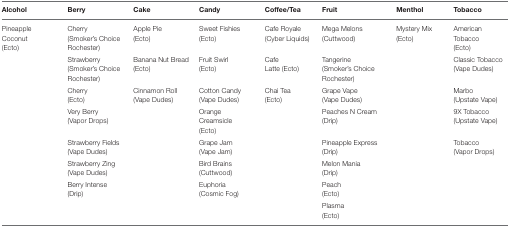
| Alcohol | Berry | Cake | Candy | Coffee/Tea | Fruit | Menthol | Tobacco |
 | --- | --- | --- | --- | --- | --- | --- | --- |
 | Pineapple Coconut (Ecto) | Cherry (Smoker's Choice Rochester) | Apple Pie (Ecto) | Sweet Fishies (Ecto) | Cafe Royale (Cyber Liquids) | Mega Melons (Cuttwood) | Mystery Mix (Ecto) | American Tobacco (Ecto) |
 |  | Strawberry (Smoker's Choice Rochester) | Banana Nut Bread (Ecto) | Fruit Swirl (Ecto) | Cafe Latte (Ecto) | Tangerine (Smoker's Choice Rochester) |  | Classic Tobacco (Vape Dudes) |
 |  | Cherry (Ecto) | Cinnamon Roll (Vape Dudes) | Cotton Candy (Vape Dudes) | Chai Tea (Ecto) | Grape Vape (Vape Dudes) |  | Marbo (Upstate Vape) |
 |  | Very Berry (Vapor Drops) |  | Orange Creamsicle (Ecto) |  | Peaches N Cream (Drip) |  | 9X Tobacco (Upstate Vape) |
 |  | Strawberry Fields (Vape Dudes) |  | Grape Jam (Vape Jam) |  | Pineapple Express (Drip) |  | Tobacco (Vapor Drops) |
 |  | Strawberry Zing (Vape Dudes) |  | Bird Brains (Cuttwood) |  | Melon Mania (Drip) |  |  |
 |  | Berry Intense (Drip) |  | Euphoria (Cosmic Fog) |  | Peach (Ecto) |  |  |
 |  |  |  |  |  | Plasma (Ecto) |  |  |